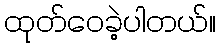
ထုတ်ဝေခဲ့ပါတယ်။